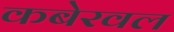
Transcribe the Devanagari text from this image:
कबेरवल